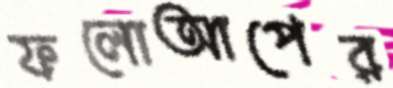
ফলোআপের